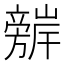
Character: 𭥈